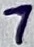
Text: 7